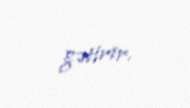
gətirir.